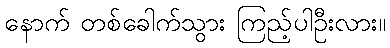
နောက် တစ်ခေါက်သွား ကြည့်ပါဦးလား။